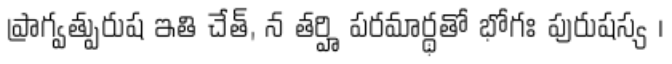
ప్రాగ్వత్పురుష ఇతి చేత్, న తర్హి పరమార్థతో భోగః పురుషస్య ।